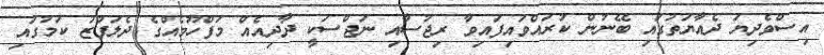
އިސްވެދިޔަ ދެއާޔަތުގައި ބޭނުން ކުރައްވައިފައިވާ ރިޖުސާއި ނަޖްސަކީ ދާދިއެއް މަފްހޫމެއްގެ ދެލަފުޒު ކަމުގައި